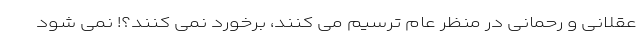
عقلانی و رحمانی در منظر عام ترسیم می کنند، برخورد نمی کنند؟! نمی شود